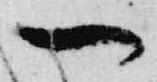
一